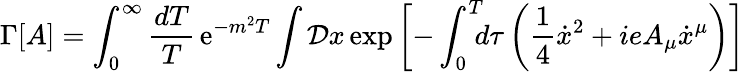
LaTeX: \Gamma\lbrack A\rbrack=\int_{0}^{\infty}{\frac{dT}{T}}\, \mathrm{e}^{-m^{2}T}\int{\cal D}x\, \mathrm{exp}\left[-\int_{0}^{T}\! \! \! d\tau\left({\frac{1}{4}}{\dot{x}}^{2}+ieA_{\mu}\dot{x}^{\mu}\right)\right]